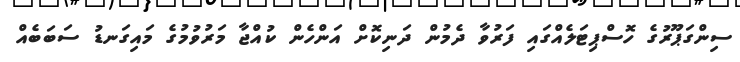
ސިންގަޕޫރުގެ ހޮސްޕިޓަލެއްގައި ފަރުވާ ދެމުން ދަނިކޮށް އަންހެން ކުއްޖާ މަރުވުމުގެ މައިގަނޑު ސަބަބެއް